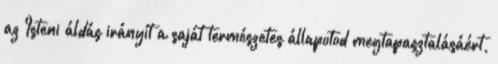
az Isteni áldás irányít a saját természetes állapotod megtapasztalásáért,